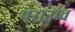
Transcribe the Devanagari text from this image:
पराउच्च